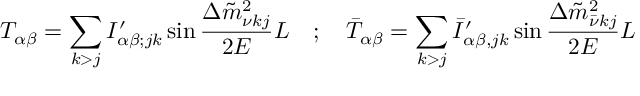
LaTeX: T _ { \alpha \beta } = \sum _ { k > j } I _ { \alpha \beta ; j k } ^ { \prime } \sin \frac { \Delta \tilde { m } _ { \nu k j } ^ { 2 } } { 2 E } L \quad ; \quad \bar { T } _ { \alpha \beta } = \sum _ { k > j } \bar { I } _ { \alpha \beta , j k } ^ { \prime } \sin \frac { \Delta \tilde { m } _ { \bar { \nu } k j } ^ { 2 } } { 2 E } L